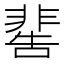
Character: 𩇸